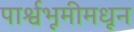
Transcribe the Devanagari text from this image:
पार्श्वभूमीमधून